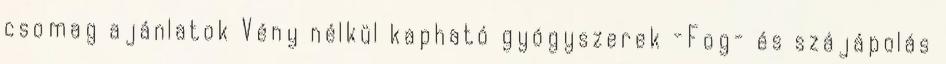
csomag ajánlatok Vény nélkül kapható gyógyszerek -Fog- és szájápolás